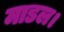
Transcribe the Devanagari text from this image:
माडल।